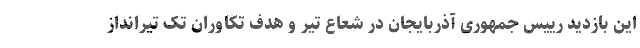
این بازدید رییس جمهوری آذربایجان در شعاع تیر و هدف تکاوران تک تیرانداز